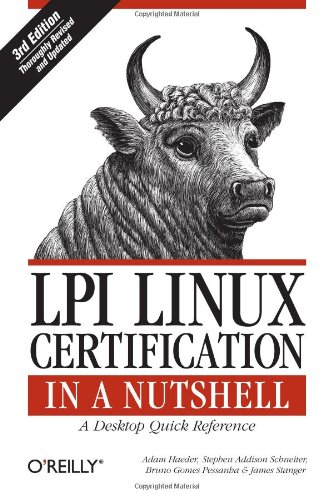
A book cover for LPI Linux Certification in a Nutshell (In a Nutshell (O'Reilly)); Adam Haeder; Computers & Technology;